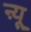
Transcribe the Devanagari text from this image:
ऩ्यू